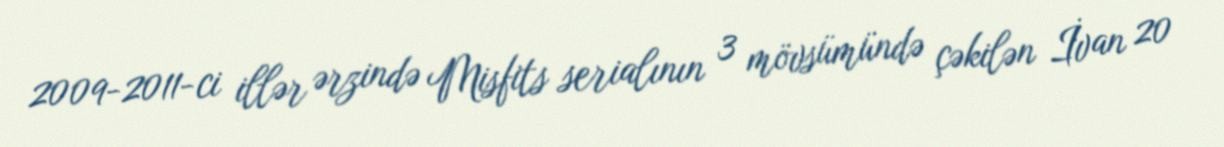
2009-2011-ci illər ərzində Misfits serialının 3 mövsümündə çəkilən İvan 20